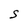
Character: S